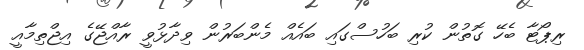
ރިޕޯޓާ ބެހޭ ގޮތުން ކުރި ބަހުސްގައި ބައެއް މެންބަރުން ވިދާޅުވީ ރާއްޖޭގެ އިޖްތިމާއީ